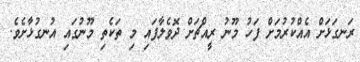
ރަނގަޅަށް އެއްކުރުމަށް ފަހު މޫނު ރީއްޗަށް ދޮވެލާފައި މި ތަކެތި މޫނުގައި އުނގުޅާށެވެ.